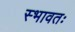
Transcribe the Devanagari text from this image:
स्भावतः